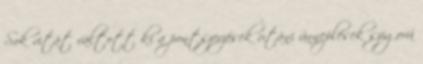
Sok vitát váltott ki a pontszerzések utáni ünneplések szigorú